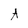
Character: A